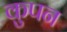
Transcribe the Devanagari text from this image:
कुपन